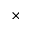
\times